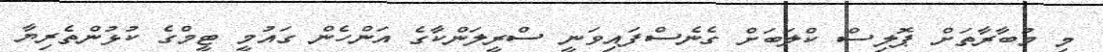
މި މުބާރާތަށް ޕޮލިސް ކްލަބަށް ގެނެސްފައިވަނީ ސްރީލަންކާގެ އަންހެން ގައުމީ ޓީމްގެ ކުޅުންތެރިޔާ